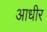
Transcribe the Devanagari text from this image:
आधीर